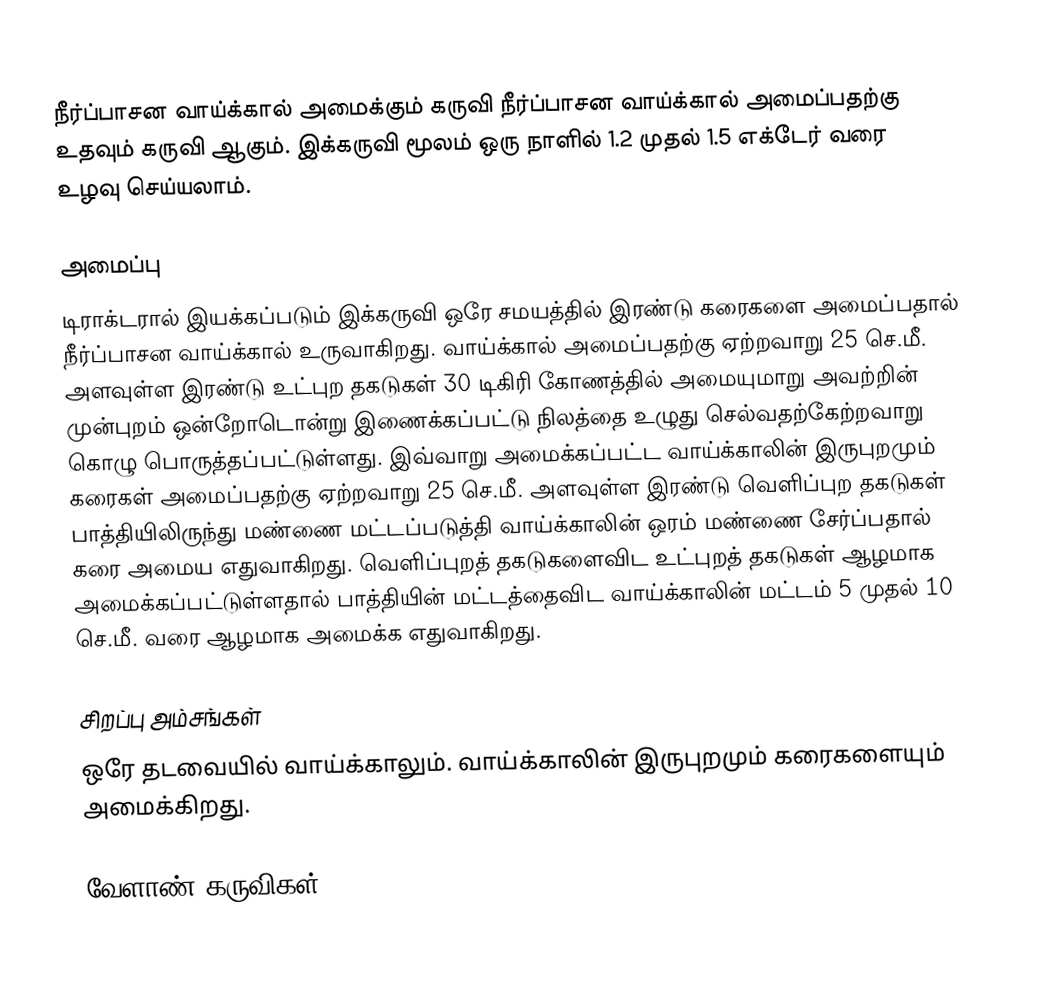
நீர்ப்பாசன வாய்க்கால் அமைக்கும் கருவி நீர்ப்பாசன வாய்க்கால் அமைப்பதற்கு உதவும் கருவி ஆகும். இக்கருவி மூலம் ஒரு நாளில் 1.2 முதல் 1.5 எக்டேர் வரை உழவு செய்யலாம்.

அமைப்பு
டிராக்டரால் இயக்கப்படும் இக்கருவி ஒரே சமயத்தில் இரண்டு கரைகளை அமைப்பதால் நீர்ப்பாசன வாய்க்கால் உருவாகிறது. வாய்க்கால் அமைப்பதற்கு ஏற்றவாறு 25 செ.மீ. அளவுள்ள இரண்டு உட்புற தகடுகள் 30 டிகிரி கோணத்தில் அமையுமாறு அவற்றின் முன்புறம் ஒன்றோடொன்று இணைக்கப்பட்டு நிலத்தை உழுது செல்வதற்கேற்றவாறு கொழு பொருத்தப்பட்டுள்ளது. இவ்வாறு அமைக்கப்பட்ட வாய்க்காலின் இருபுறமும் கரைகள் அமைப்பதற்கு ஏற்றவாறு 25 செ.மீ. அளவுள்ள இரண்டு வெளிப்புற தகடுகள் பாத்தியிலிருந்து மண்ணை மட்டப்படுத்தி வாய்க்காலின் ஒரம் மண்ணை சேர்ப்பதால் கரை அமைய எதுவாகிறது. வெளிப்புறத் தகடுகளைவிட உட்புறத் தகடுகள் ஆழமாக அமைக்கப்பட்டுள்ளதால் பாத்தியின் மட்டத்தைவிட வாய்க்காலின் மட்டம் 5 முதல் 10 செ.மீ. வரை ஆழமாக அமைக்க எதுவாகிறது.

சிறப்பு அம்சங்கள்
ஒரே தடவையில் வாய்க்காலும். வாய்க்காலின் இருபுறமும் கரைகளையும் அமைக்கிறது.

வேளாண் கருவிகள்